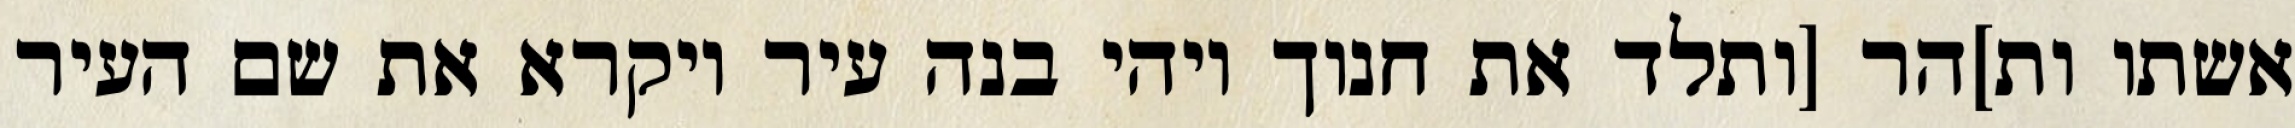
אשתו ות]הר [ותלד את חנוך ויהי בנה עיר ויקרא את שם העיר